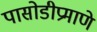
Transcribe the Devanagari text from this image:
पासोडीप्रमाणे